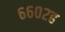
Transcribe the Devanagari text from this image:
६६०२ह